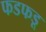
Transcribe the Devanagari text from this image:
फडफडू